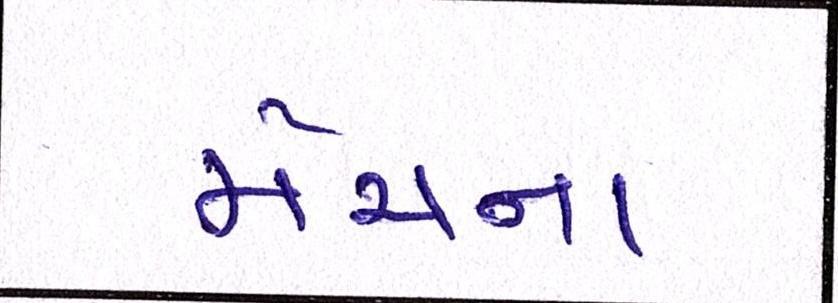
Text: મેચના